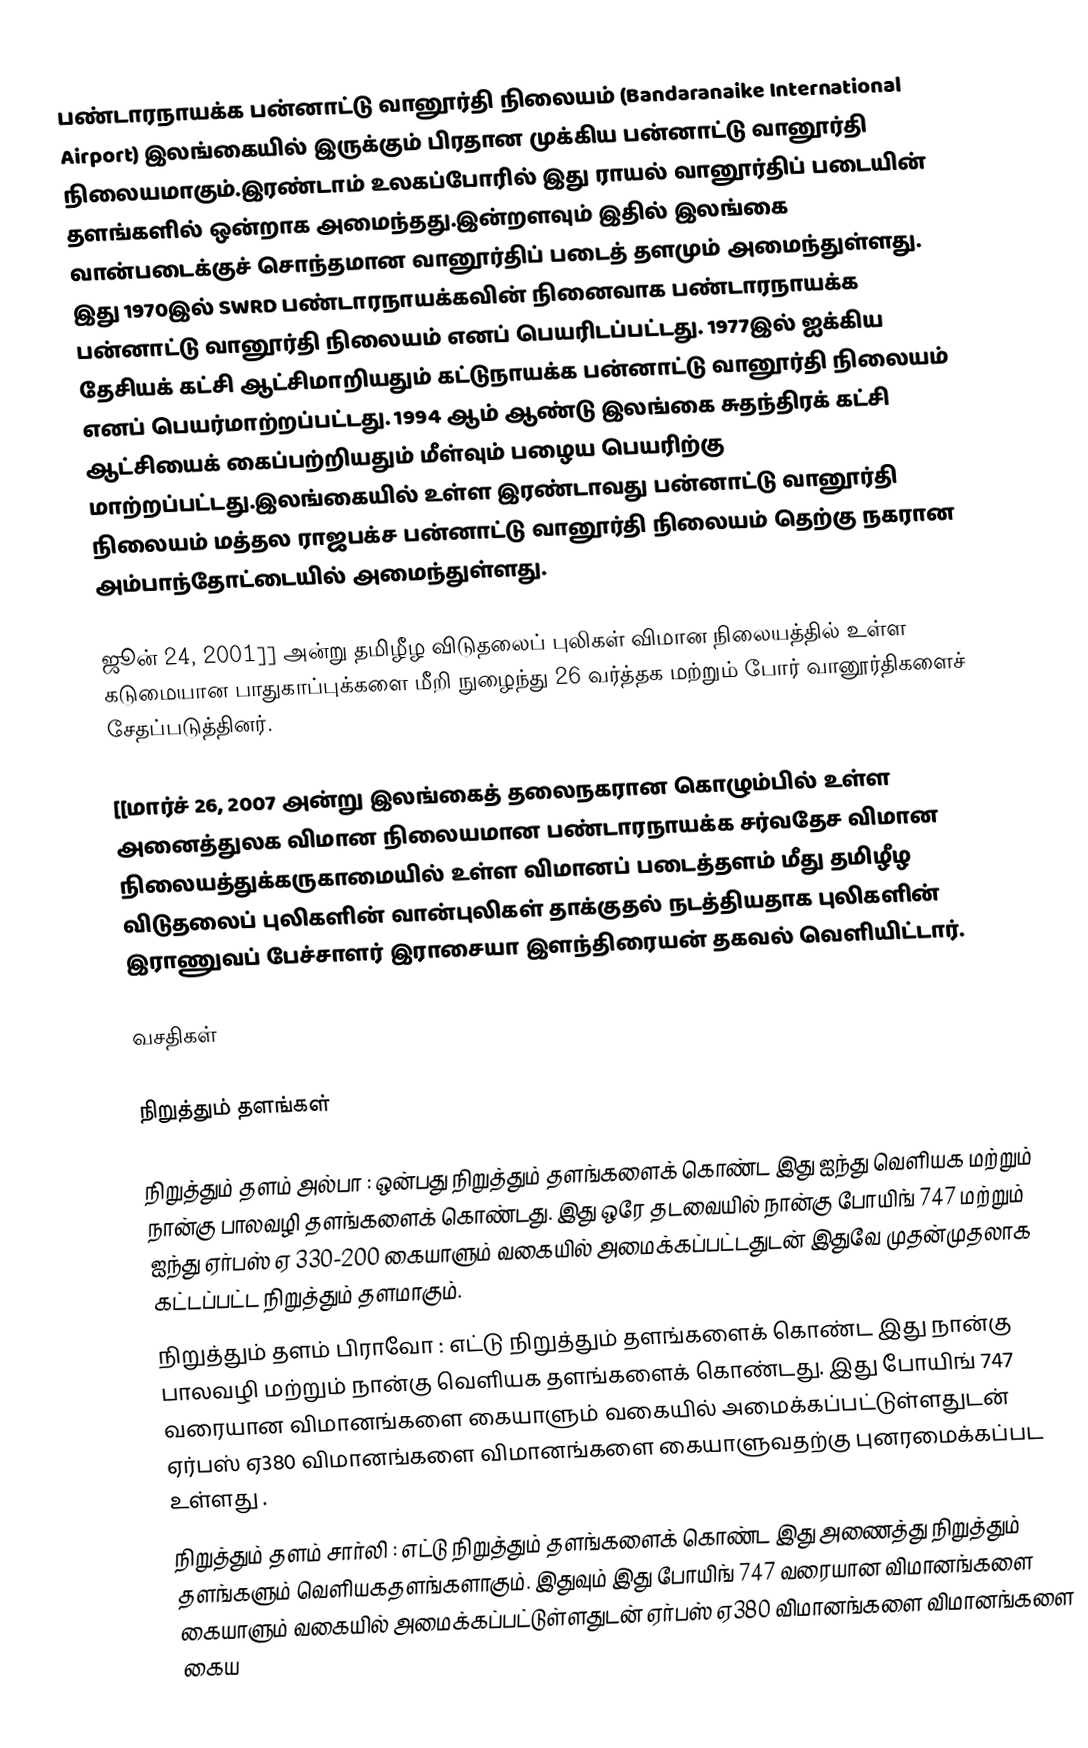
பண்டாரநாயக்க பன்னாட்டு வானூர்தி நிலையம் (Bandaranaike International Airport) இலங்கையில் இருக்கும் பிரதான முக்கிய பன்னாட்டு வானூர்தி நிலையமாகும்.இரண்டாம் உலகப்போரில் இது ராயல் வானூர்திப் படையின் தளங்களில் ஒன்றாக அமைந்தது.இன்றளவும் இதில் இலங்கை வான்படைக்குச் சொந்தமான வானூர்திப் படைத் தளமும் அமைந்துள்ளது. இது 1970இல் SWRD பண்டாரநாயக்கவின் நினைவாக பண்டாரநாயக்க பன்னாட்டு வானூர்தி நிலையம் எனப் பெயரிடப்பட்டது. 1977இல் ஐக்கிய தேசியக் கட்சி ஆட்சிமாறியதும் கட்டுநாயக்க பன்னாட்டு வானூர்தி நிலையம் எனப் பெயர்மாற்றப்பட்டது. 1994 ஆம் ஆண்டு இலங்கை சுதந்திரக் கட்சி ஆட்சியைக் கைப்பற்றியதும் மீள்வும் பழைய பெயரிற்கு மாற்றப்பட்டது.இலங்கையில் உள்ள இரண்டாவது பன்னாட்டு வானூர்தி நிலையம் மத்தல ராஜபக்ச பன்னாட்டு வானூர்தி நிலையம் தெற்கு நகரான அம்பாந்தோட்டையில் அமைந்துள்ளது.

ஜூன் 24, 2001]] அன்று தமிழீழ விடுதலைப் புலிகள் விமான நிலையத்தில் உள்ள கடுமையான பாதுகாப்புக்களை மீறி நுழைந்து 26 வர்த்தக மற்றும் போர் வானூர்திகளைச் சேதப்படுத்தினர்.

[[மார்ச் 26, 2007 அன்று இலங்கைத் தலைநகரான கொழும்பில் உள்ள அனைத்துலக விமான நிலையமான பண்டாரநாயக்க சர்வதேச விமான நிலையத்துக்கருகாமையில் உள்ள விமானப் படைத்தளம் மீது தமிழீழ விடுதலைப் புலிகளின் வான்புலிகள் தாக்குதல் நடத்தியதாக புலிகளின் இராணுவப் பேச்சாளர் இராசையா இளந்திரையன் தகவல் வெளியிட்டார்.

வசதிகள்

நிறுத்தும் தளங்கள்

 நிறுத்தும் தளம் அல்பா : ஒன்பது நிறுத்தும் தளங்களைக் கொண்ட இது ஐந்து வெளியக மற்றும் நான்கு பாலவழி தளங்களைக் கொண்டது. இது ஒரே தடவையில் நான்கு போயிங் 747 மற்றும் ஐந்து ஏர்பஸ் ஏ 330-200 கையாளும் வகையில் அமைக்கப்பட்டதுடன் இதுவே  முதன்முதலாக கட்டப்பட்ட நிறுத்தும் தளமாகும்.
 நிறுத்தும் தளம் பிராவோ : எட்டு நிறுத்தும் தளங்களைக் கொண்ட இது நான்கு பாலவழி மற்றும் நான்கு வெளியக தளங்களைக் கொண்டது. இது போயிங் 747 வரையான விமானங்களை கையாளும் வகையில் அமைக்கப்பட்டுள்ளதுடன் ஏர்பஸ் ஏ380 விமானங்களை விமானங்களை கையாளுவதற்கு புனரமைக்கப்பட உள்ளது .
 நிறுத்தும் தளம் சார்லி : எட்டு நிறுத்தும் தளங்களைக் கொண்ட இது அணைத்து நிறுத்தும் தளங்களும் வெளியகதளங்களாகும். இதுவும் இது போயிங் 747 வரையான விமானங்களை கையாளும் வகையில் அமைக்கப்பட்டுள்ளதுடன் ஏர்பஸ் ஏ380 விமானங்களை விமானங்களை கைய